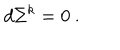
d \Sigma ^ { k } = 0 \ .